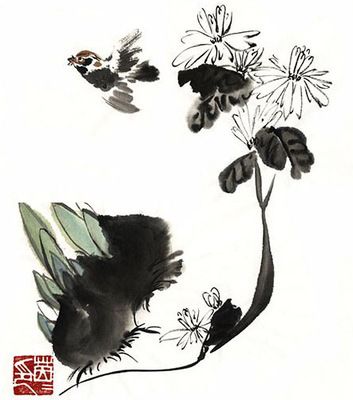
半床落月蛩声病，万里寒云雁阵迟。